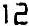
12